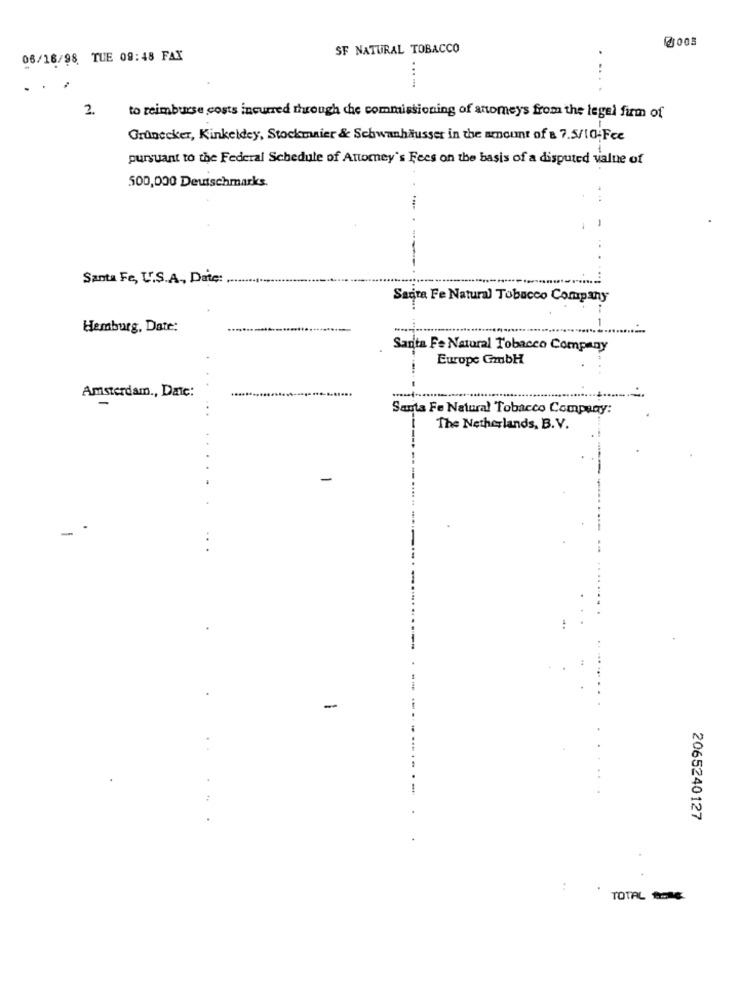
@005
SF NATURAL TOBACCO
06/16/98 TUE 09:48 FAX
......
2.
to reimburse costs incurred through che commissioning of anomeys from the legel firm of
Grünecker, Kinkeldey, Stockmaier & Schwanhäusser in the amount of a 7.5/10-Fee
pursuant to the Federal Schedule of Attorney's Fees on the basis of a disputed value of
500,000 Deutschmarks.
Santa Fe, U.S.A ., Date:
Sarita Fe Natural Tobacco Company
Hemburg, Date:
Santa Fe Natural Tobacco Company
Europe Gmbh
Amsterdam ., Datc:
...
Santa Fe Natural Tobacco Company:
The Netherlands, B.V.
-
-
-
2065240127
:
TOTAL DE